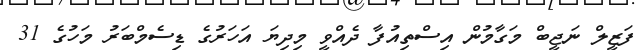
ފަޒީލް ނަޖީބް މަގާމުން އިސްތިއުފާ ދެއްވީ މިދިޔަ އަހަރުގެ ޑިސެމްބަރު މަހުގެ 31